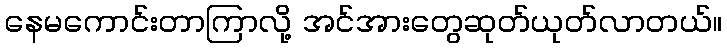
နေမကောင်းတာကြာလို့ အင်အားတွေဆုတ်ယုတ်လာတယ်။